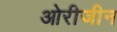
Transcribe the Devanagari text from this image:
ओरीजीन